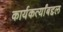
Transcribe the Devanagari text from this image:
कार्यकर्त्यांबद्दल